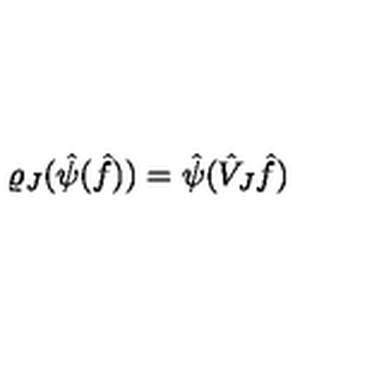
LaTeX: \varrho _ { J } ( \hat { \psi } ( \hat { f } ) ) = \hat { \psi } ( \hat { V } _ { J } \hat { f } )